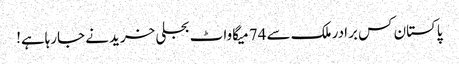
پاکستان کس برادر ملک سے 74 میگاواٹ بجلی خریدنے جارہاہے!